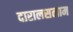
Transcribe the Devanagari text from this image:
दारालसलाम